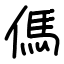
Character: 傌